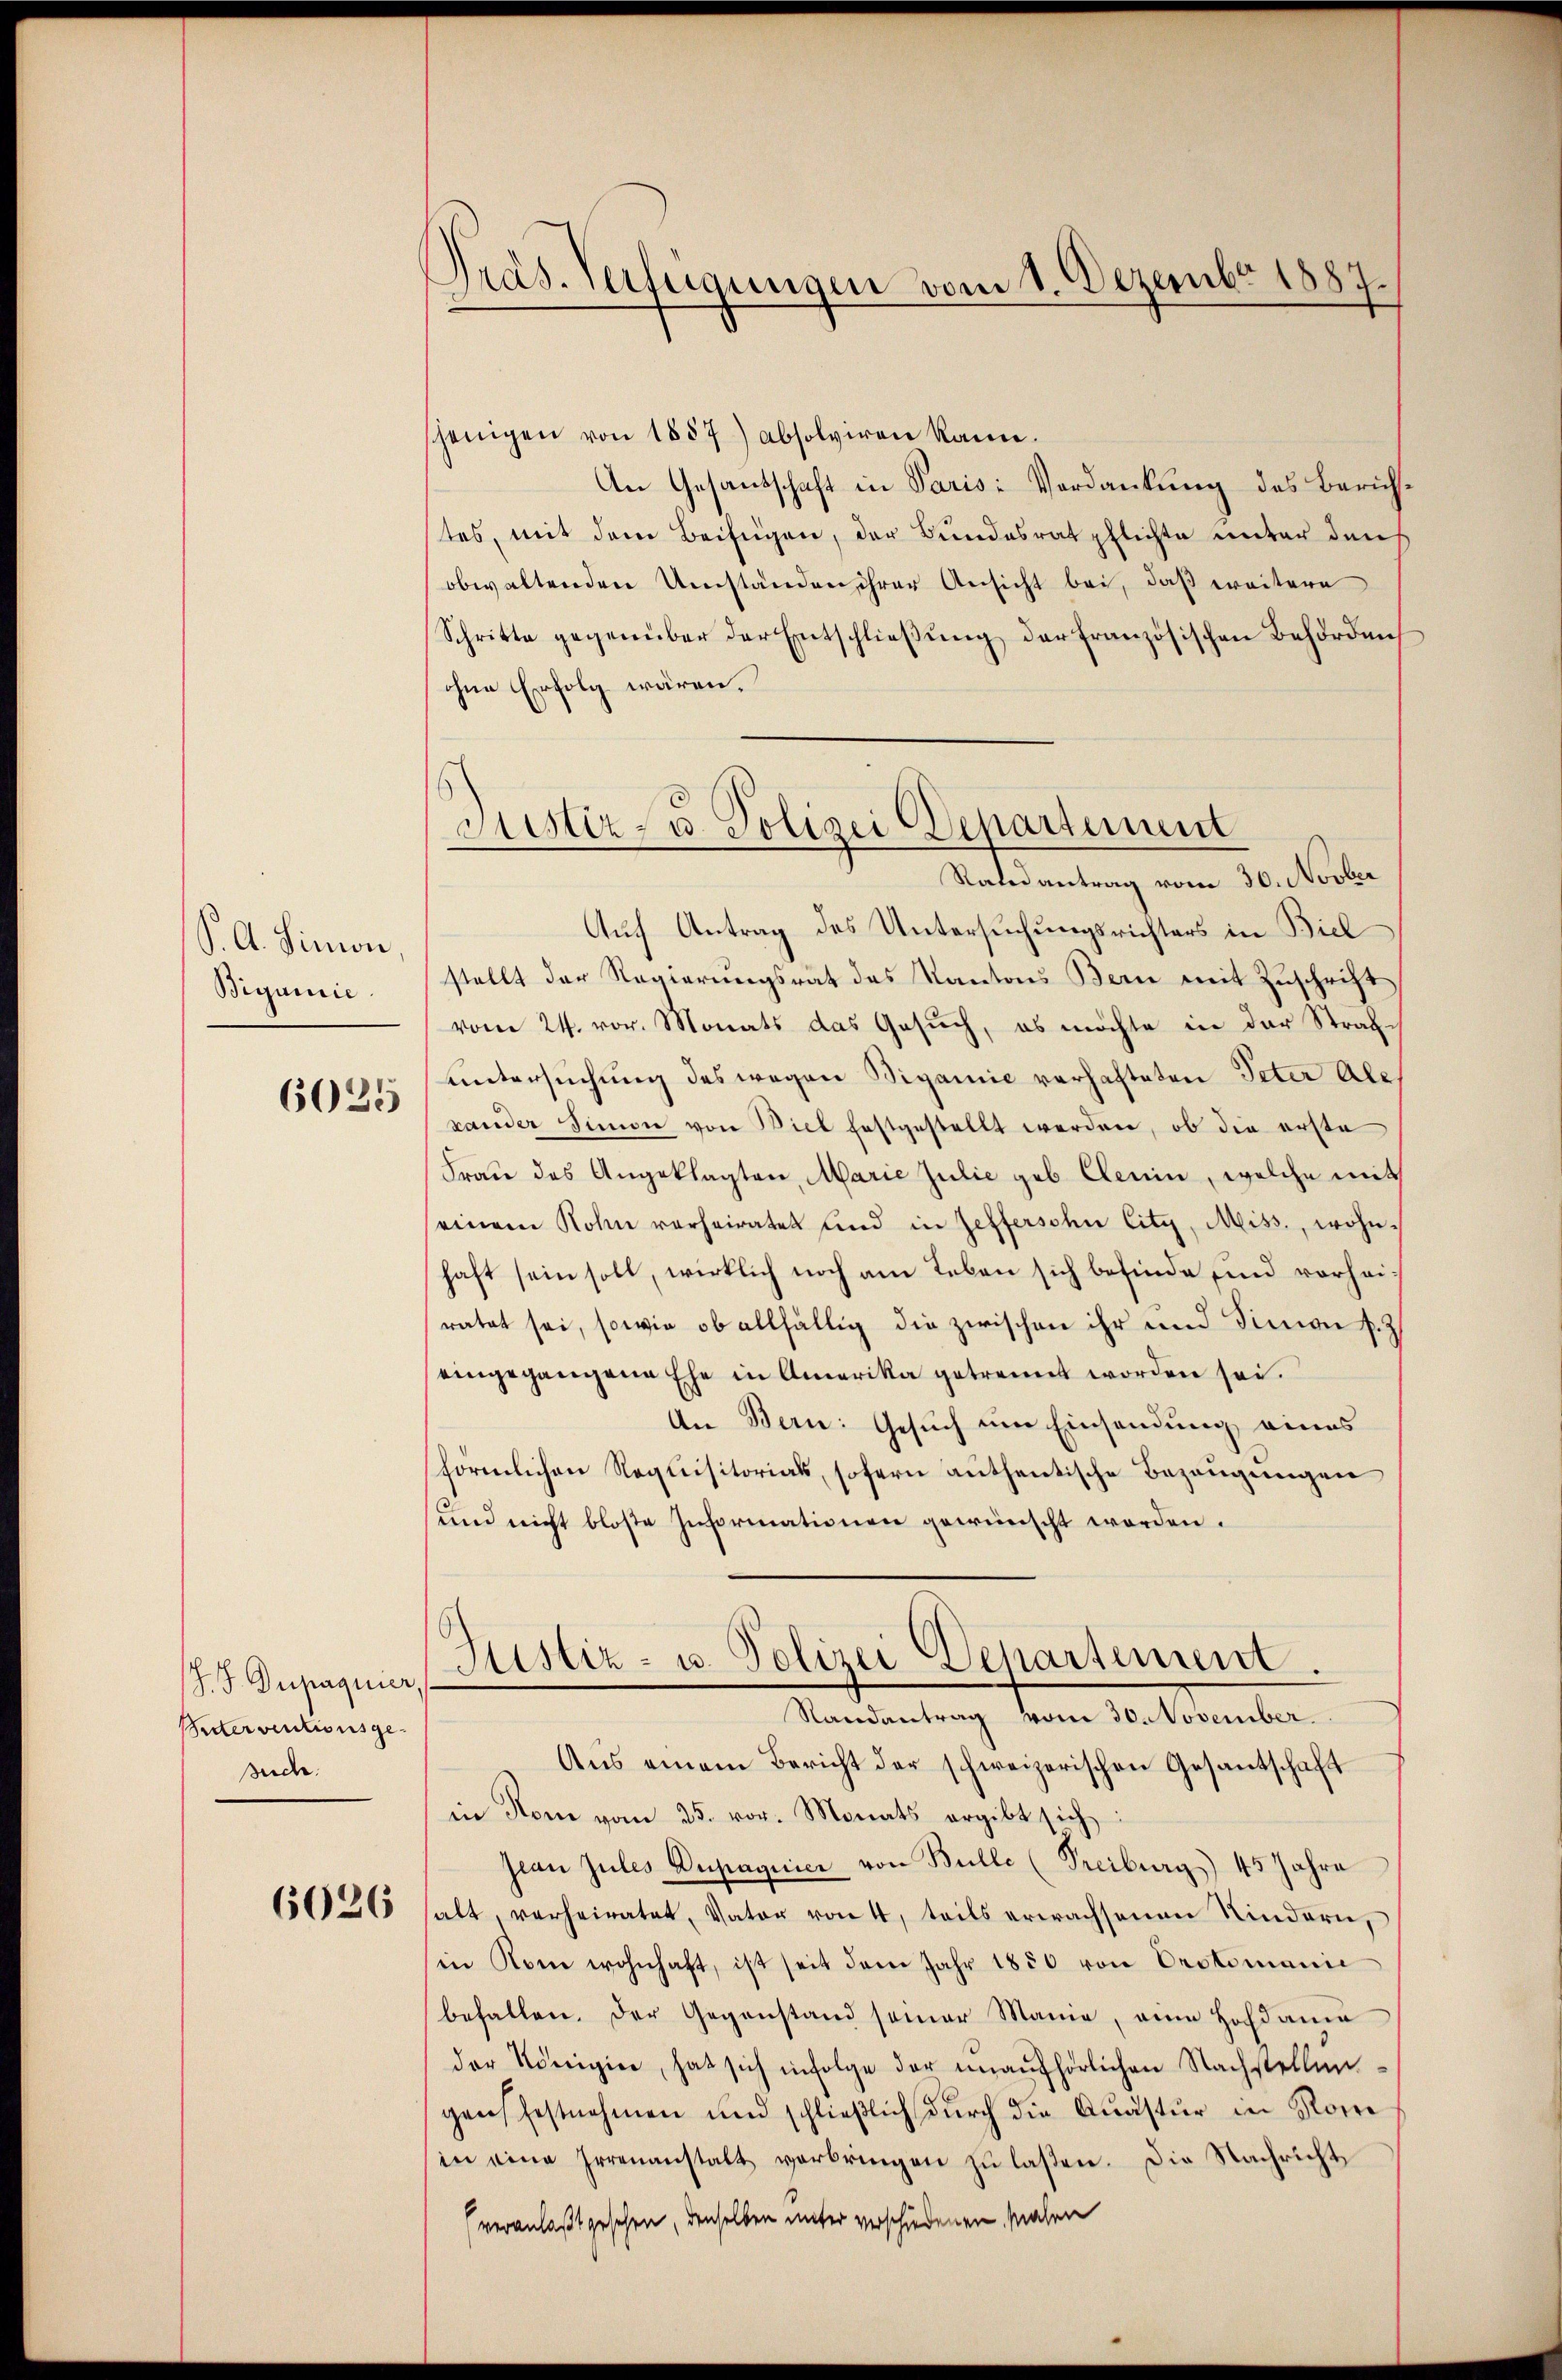
S. A. Simon
Bigumie

6025

J. J. Dupagnier,
idterventionsge
such

6026

Pras. Verfügungen vom 1. Dezember 1887

Ptistiz- u. Polizei Departement

sjenigen von 1857) absolviren kann.
An Gesantschaft in Paris: Verdankung des Zürichstes, mit dem Beifügen, der Bundesrat pflichte unter dan
obwaltenden Umständen ihrer Ansicht bei, daß weitere
Schritte gegenüber der Entschließung der französischen Behördens
ohne Erfolg wären.
Randantrag vom 30. Novber
Auf Antrag des Untersuchungsrichters in Biel
stellt der Regierungsrat des Kantons Bern mit Zuschrift
vom 24. vor. Monats das Gesuch, es möchte in der Strafuntersuchung des wegen Bigamie verhafteten Peter Ale
rander Simon von Biel festgestellt werden, ob die erste
Frau des Angeklagten, Marie Julie geb. Clerin, welche mit
einem Rohn verheiratet und in Geffersche City, Miss, wohn-
haft sein soll, wirklich noch am Leben sich befinde und vorheiratet sei, sowie ob allfällig die zwischen ihr und Sinnen s. Z
eingegangene Ehe in Amerika getrennt worden sei.
An Bern: Gesuch um Einsendung eines
förmlichen Requisitorials, sofern authentische Bezeugungen
und nicht blose Informationen gewünscht worden.
Justiz- u. Polizei Departement.
Randantrag vom 30. November.
Aus einem Bericht der schweizerischen Gesantschaft
in Rom vom 25. vor. Monats ergibt sich
Jean zules Dupagnici von Bulle (Freiburg) 45 Jahre
halt, verheiratet, Vater von 4, teils erwachsenen Kindern,
in Rom wohnhaft, ist seit dem Jahr 1850 von Orctomanie
befallen. Der Gegenstand seiner Mama, eine Hofdame
der Königier, hat sich infolge der unaufhörlichen Nachstellun
gens festnehmen und schließlich durch die Quastur in Rom
in eine Irrenanstalt vorbringen zu laßen. Die Nachricht,
(veranlaßt gesehen, denselben unter verschiedenen Malen